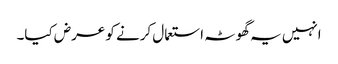
انہیں یہ گھوٹہ استعمال کرنے کو عرض کیا۔